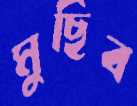
মুছিব